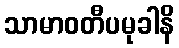
သာမာဝတီပမုခါနိ